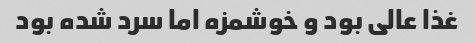
غذا عالی بود و خوشمزه اما سرد شده بود